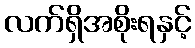
လက်ရှိအစိုးရနှင့်